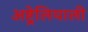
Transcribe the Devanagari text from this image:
अष्ट्रेलियाली